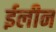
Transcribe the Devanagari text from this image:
ईलीन